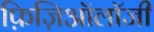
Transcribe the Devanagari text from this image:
फ़िज़िऑलॉजी